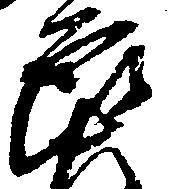
郎